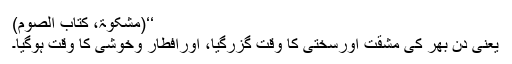
‘‘(مشکوٰۃ، کتاب الصوم)
یعنی دن بھر کی مشقت اورسختی کا وقت گزرگیا، اورافطار وخوشی کا وقت ہوگیا۔